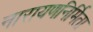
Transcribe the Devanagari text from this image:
नारायणनिर्मिता